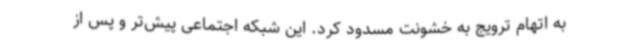
به اتهام ترویج به خشونت مسدود کرد. این شبکه اجتماعی پیش‌تر و پس از